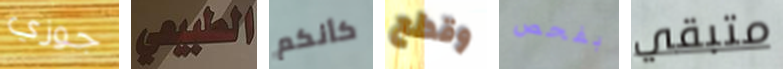
جوزي الطبيعي كأنكم وقطع بفحص متبقي